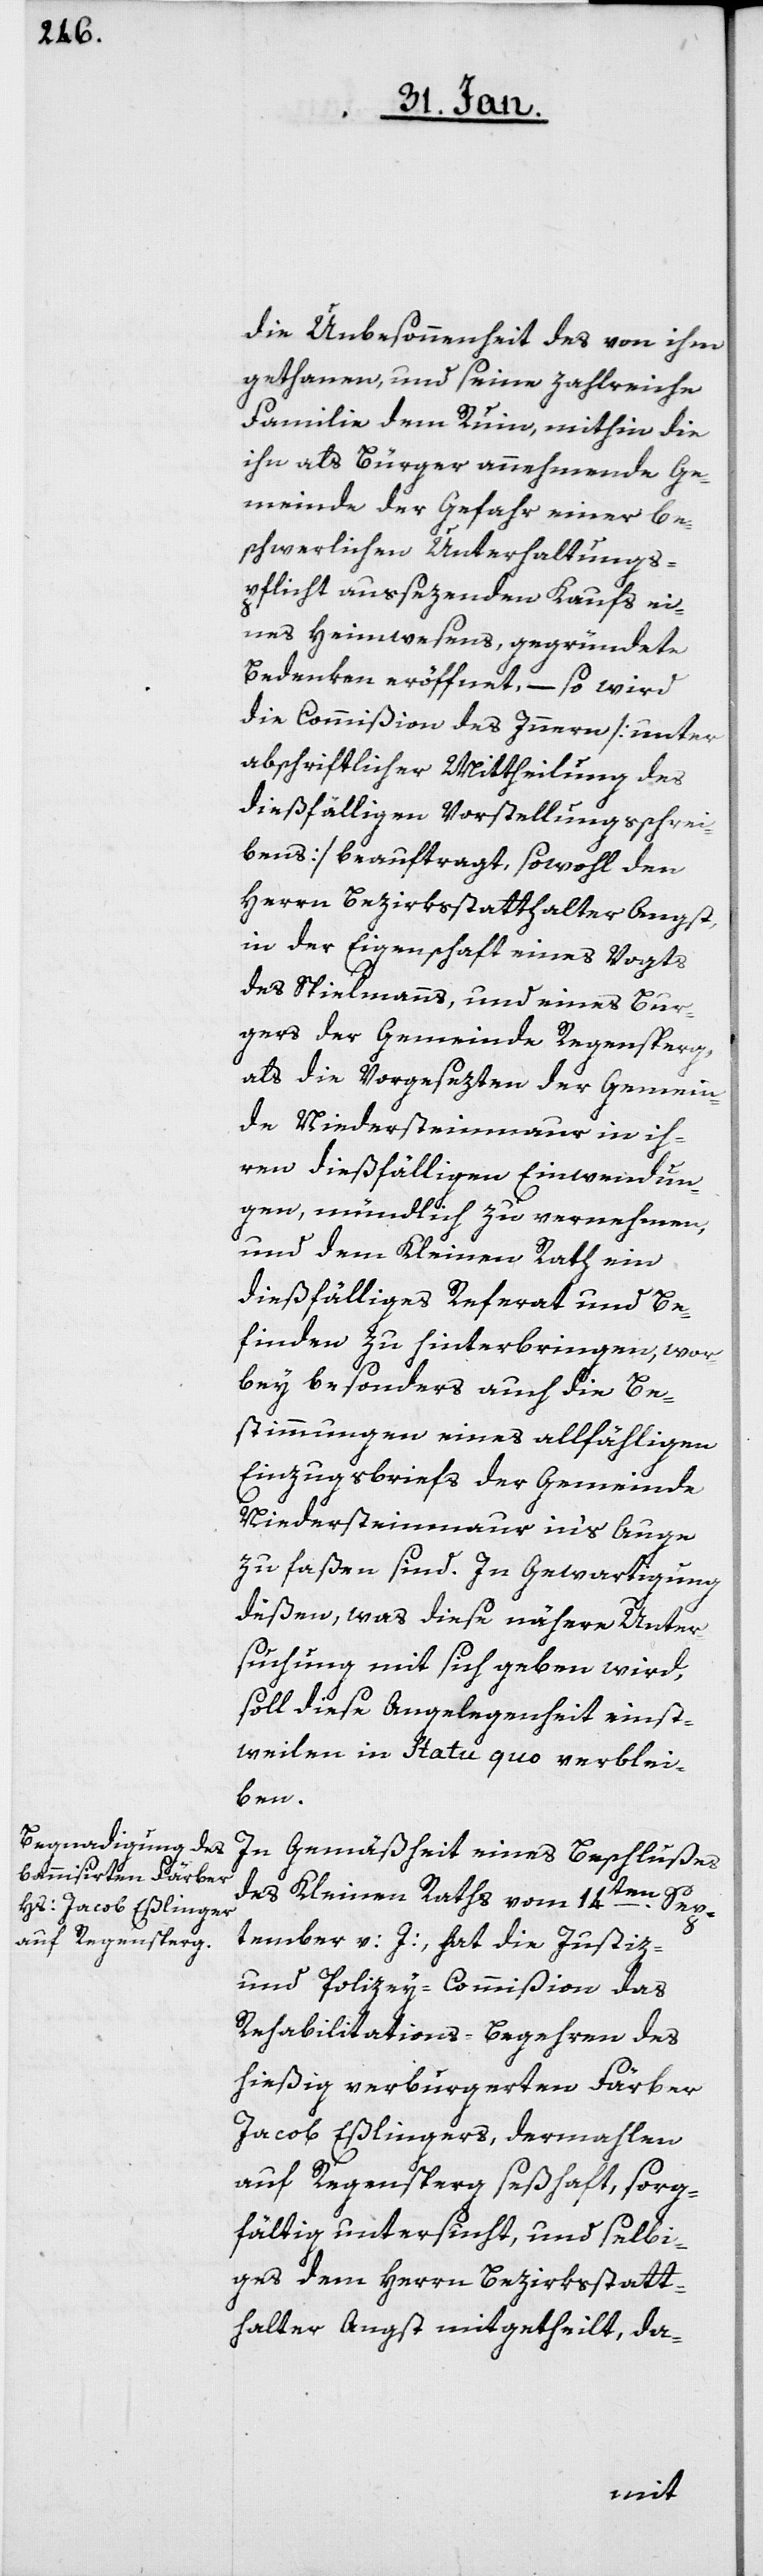
die Unbesonnenheit des von ihm
gethanen, und seine zahlreiche
Familie dem Ruin, mithin die
ihn als Bürger annehmende Ge¬
meinde der Gefahr einer be¬
schwerlichen Unterhaltungs¬
pflicht aussezenden Kaufs ei¬
nes Heimwesens, gegründete
Bedenken eröffnet, – so wird
die Commißion des Innern [unter
abschriftlicher Mittheilung des
dießfälligen Vorstellungsschrei¬
bens] beauftragt, sowohl den
Herrn Bezirksstatthalter Angst,
in der Eigenschaft eines Vogts
des Spielmanns, und eines Bur¬
gers der Gemeinde Regensperg,
als die Vorgesezten der Gemein¬
de Niedersteinmaur in ih¬
ren dießfälligen Einwendun¬
gen, mündlich zu vernehmen,
und dem Kleinen Rath ein
dießfälliges Referat und Be¬
finden zu hinterbringen, wor¬
bei besonders auch die Be¬
stimmungen eines allfähligen
Einzugsbriefs der Gemeinde
Niedersteinmaur in’s Auge
zu faßen sind. In Gewartigung
deßen, was diese nähere Unter¬
suchung mit sich geben wird,
soll diese Angelegenheit einst¬
weilen in Statu quo verblei¬
ben.
In Gemäßheit eines Beschlußes
des Kleinen Raths vom 14ten.
Sep¬
tember v: J:, hat die Justiz-
und Polizey-Commißion das
Rehabilitations-Begehren des
hießig verburgerten Färber
Jacob Eßlingers, dermahlen
auf Regensperg seßhaft, sorg¬
fältig untersucht, und selbi¬
ges dem Herrn Bezirksstatt¬
halter Angst mitgetheilt, da-